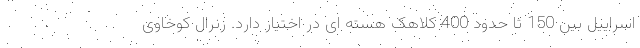
اسراییل بین 150 تا حدود 400 کلاهک هسته ای در اختیار دارد. زنرال کوخاوی